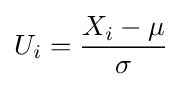
U_{i}={\frac {X_{i}-\mu }{\sigma }}